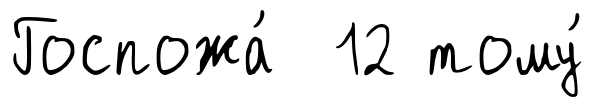
Госпожа́ 12 тому́